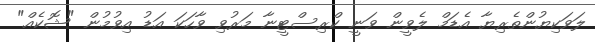
ލަވަކިޔުންތެރިޔާ އެޑަމް ލެވީން ވަނީ ކްރިސްޓީނާ މަރުވި ވާހަކަ އަޑު އިވުމުން "ޝޮކެއް"